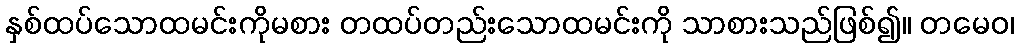
နှစ်ထပ်သောထမင်းကိုမစား တထပ်တည်းသောထမင်းကို သာစားသည်ဖြစ်၍။ တမေဝ၊